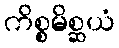
ကိစ္စမိစ္ဆယံ